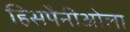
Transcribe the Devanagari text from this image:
हिसपैनीओला